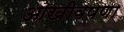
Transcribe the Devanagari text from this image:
आखीवपणा